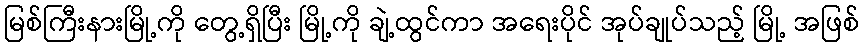
မြစ်ကြီးနားမြို့ကို တွေ့ရှိပြီး မြို့ကို ချဲ့ထွင်ကာ အရေးပိုင် အုပ်ချုပ်သည့် မြို့ အဖြစ်